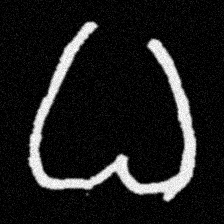
Pyu character \u2014 Myanmar letter: ဓ (romanized: dha)